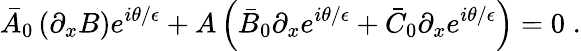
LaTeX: \bar{A}_{0}\left(\partial_{x}B\right)e^{i\theta/{\epsilon}}+A\left(\bar{B}_{0}\partial_{x}e^{i\theta/{\epsilon}}+\bar{C}_{0}\partial_{x}e^{i\theta/{\epsilon}}\right)=0\; .